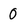
Character: 0